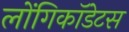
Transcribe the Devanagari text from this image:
लोंगिकॉडेटस